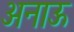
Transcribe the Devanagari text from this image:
अनाऊ